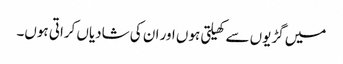
میں گڑیوں سے کھیلتی ہوں اور ان کی شادیاں کراتی ہوں۔